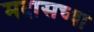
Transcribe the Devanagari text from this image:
मदासच्या